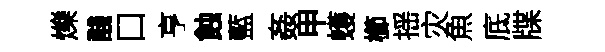
爍醆口亨蝕藍姦甲蠖櫛揺灾魚底牒